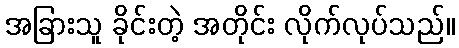
အခြားသူ ခိုင်းတဲ့ အတိုင်း လိုက်လုပ်သည်။